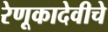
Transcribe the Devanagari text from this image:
रेणूकादेवीचे